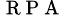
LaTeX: ^{\mathrm{~R~P~A~}}